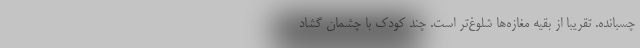
چسبانده. تقریباً از بقیه مغازه‌ها شلوغ‌تر است. چند کودک با چشمان گشاد